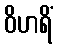
ဝိဟရိံ